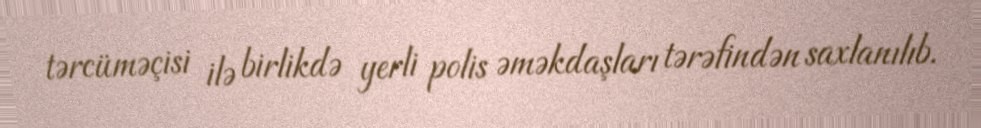
tərcüməçisi ilə birlikdə yerli polis əməkdaşları tərəfindən saxlanılıb.